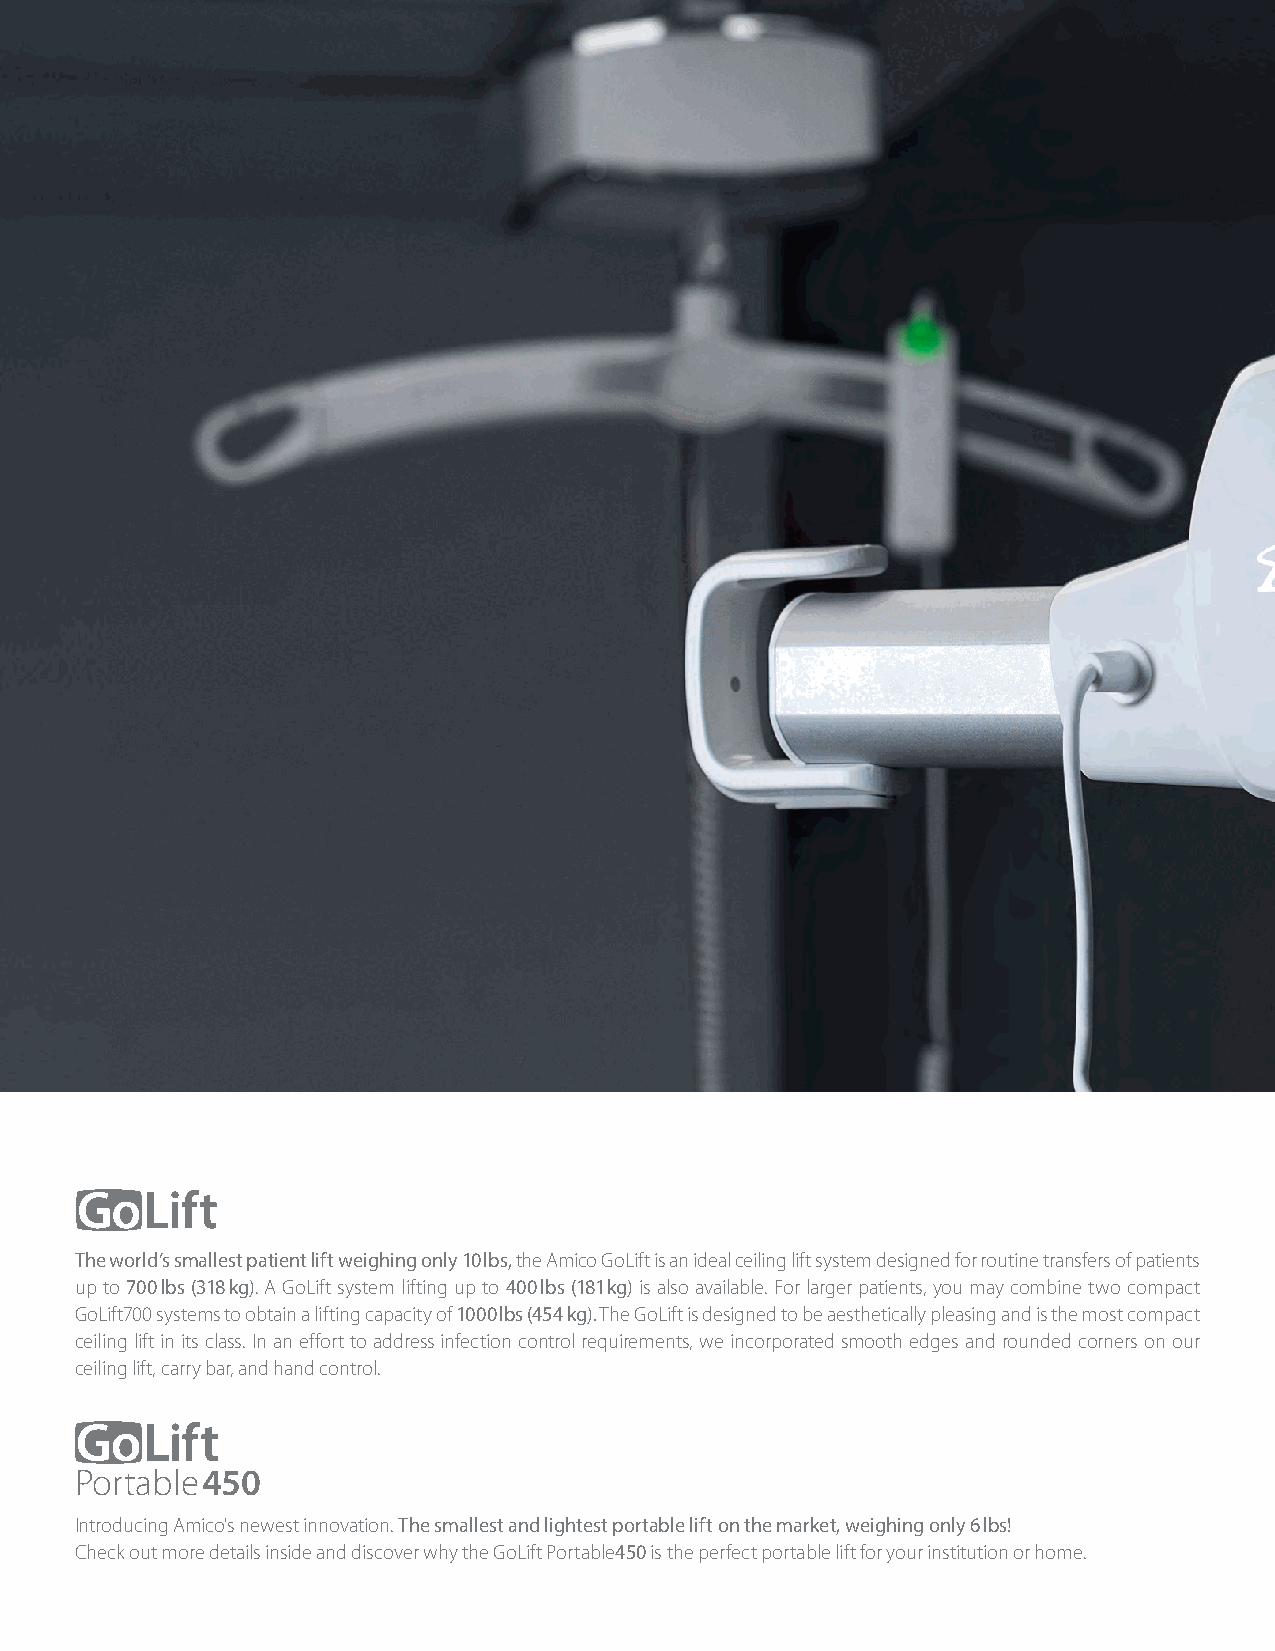
The world’s smallest patient lift weighing only 10 lbs, the Amico GoLift is an ideal ceiling lift system designed for routine transfers of patients
 up to 700 lbs (318 kg). A GoLift system lifting up to 400 lbs (181 kg) is also available. For larger patients, you may combine two compact
 GoLift700 systems to obtain a lifting capacity of 1000 lbs (454 kg). The GoLift is designed to be aesthetically pleasing and is the most compact
 ceiling lift in its class. In an effort to address infection control requirements, we incorporated smooth edges and rounded corners on our
 ceiling lift, carry bar, and hand control.
 Portable 450
 Portable 450
 Introducing Amico's newest innovation. The smallest and lightest portable lift on the market, weighing only 6 lbs!
 Check out more details inside and discover why the GoLift Portable450 is the perfect portable lift for your institution or home.